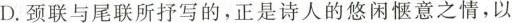
D.颈联与尾联所抒写的，正是诗人的悠闲惬意之情，以及